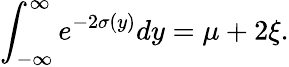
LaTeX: \int_{-\infty}^{\infty}e^{-2\sigma(y)}dy=\mu+2\xi.